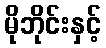
မိုဘိုင်းနှင့်